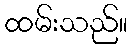
ထမ်းသည်။